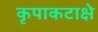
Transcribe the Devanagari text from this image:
कृपाकटाक्षे